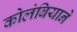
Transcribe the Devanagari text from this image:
कोलंबियाने